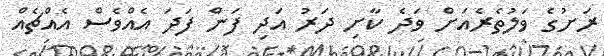
ރަށުގެ ވަލުތެރެއަށް ވަދެ ކާށި ދަރު އަދި ފަން ފަދަ އެއްވެސް އެއްޗެއް